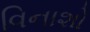
વિનાશો